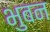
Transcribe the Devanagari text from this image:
भुबन